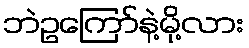
ဘဲဥကြော်နဲ့မို့လား